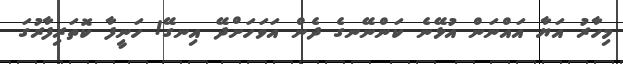
މިހާރު އަޔާ އައްނަން އުޅޭނެ ކަންނޭނގެ ދެން އަވަހަށްދޭ އިނގޭ! ހަނީފާ ކޮތަރިފާރުގަ